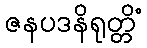
ဇနပဒနိရုတ္တိံ